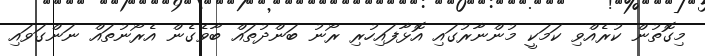
މިގޮތުން ކުރެއްވި ކަމަކީ މުންނާރުގައި އޮޅާފައިހުރި ރޯނު ބަންދުތައް ބާވެގެން އެރޯނުތައް ނަންގަވައި